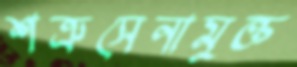
শত্রুসেনামুক্ত